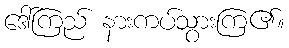
ဒေါ်ကြည် နားကပ်သွားကြ၏။